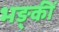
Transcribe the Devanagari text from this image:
भङ्कीं